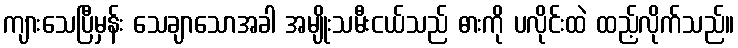
ကျားသေပြီမှန်း သေချာသောအခါ အမျိုးသမီးငယ်သည် ဓားကို ပလိုင်းထဲ ထည့်လိုက်သည်။